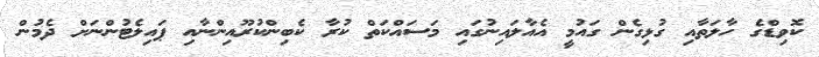
ކޮވިޑްގެ ހާލަތާއި ގުޅިގެން ގައުމީ އެއާލައިނުގައި މަސައްކަތް ކުރާ ކެބިންކުރޫއިންނާއި ޕައިލެޓުންނަށް ދެމުން